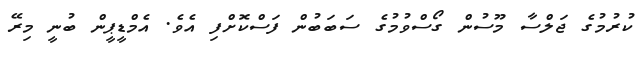
ކުރުމުގެ ޖަލްސާ މޫސުން ގޯސްވުމުގެ ސަބަބުން ފަސްކޮށްފި އެވެ. އެމްޑީޕީން ބުނީ މިރޭ